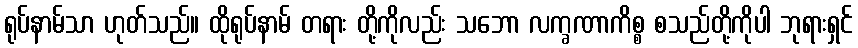
ရုပ်နာမ်သာ ဟုတ်သည်။ ထိုရုပ်နာမ် တရား တို့ကိုလည်း သဘော လက္ခဏာကိစ္စ စသည်တို့ကိုပါ ဘုရားရှင်